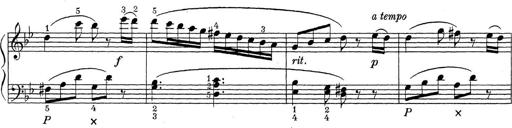
Title: ÄŒeskÃ© Sonatiny
Composer: Various